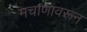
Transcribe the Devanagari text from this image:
मचाणावरून